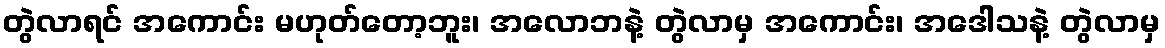
တွဲလာရင် အကောင်း မဟုတ်တော့ဘူး၊ အလောဘနဲ့ တွဲလာမှ အကောင်း၊ အဒေါသနဲ့ တွဲလာမှ